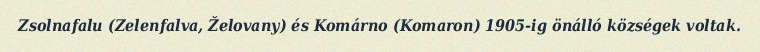
Zsolnafalu (Zelenfalva, Želovany) és Komárno (Komaron) 1905-ig önálló községek voltak.